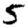
Digit: 5